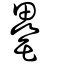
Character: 𦉩